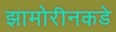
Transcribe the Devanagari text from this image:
झामोरीनकडे